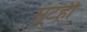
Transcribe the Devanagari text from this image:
सूटही